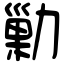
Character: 勦